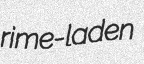
rime-laden